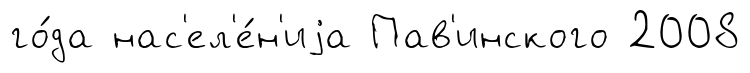
го́да нас'ел'е́н'иjа Пав'инского 2008